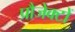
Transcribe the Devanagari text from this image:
प्रौजेक्टों